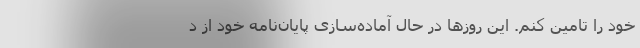
خود را تامین کنم. این روزها در حال آماده‌سازی پایان‌نامه خود از د